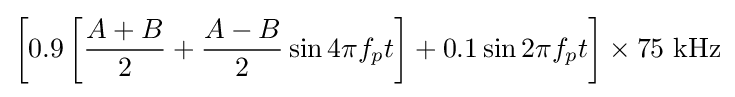
\left[0.9\left[{\frac {A+B}{2}}+{\frac {A-B}{2}}\sin 4\pi f_{p}t\right]+0.1\sin 2\pi f_{p}t\right]\times 75~\mathrm {kHz}